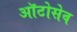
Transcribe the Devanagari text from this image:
ऑटोसेव